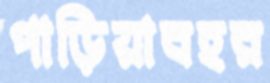
পাড়িয়াবহর